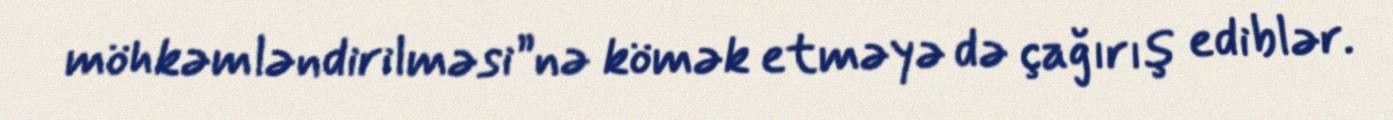
möhkəmləndirilməsi”nə kömək etməyə də çağırış ediblər.